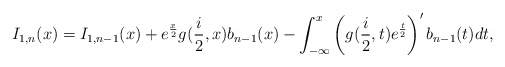
\begin{align*}I_{1,n}(x)=I_{1,n-1}(x)+e^{\frac{x}{2}}g(\frac{i}{2},x)b_{n-1}(x)-\int_{-\infty}^{x}\left( g(\frac{i}{2},t)e^{\frac{t}{2}}\right) ^{\prime}b_{n-1}(t)dt, \end{align*}